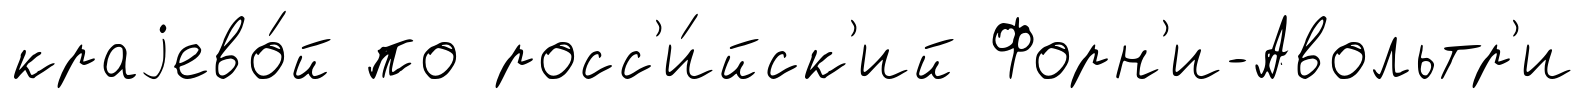
краjево́й по росс'и́йск'ий Форн'и-Авольтр'и